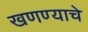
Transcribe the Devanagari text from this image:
खणण्याचे